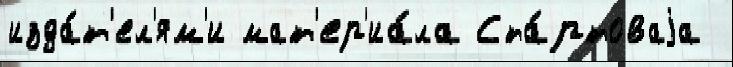
изда́т'ел'ям'и мат'ер'иа́ла Ста́ртоваjа